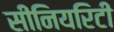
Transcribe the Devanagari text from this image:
सीनियरिटी